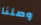
وصلنا